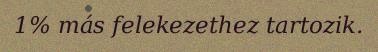
1% más felekezethez tartozik.